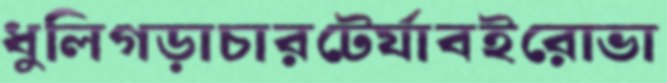
ধুলিগড়াচারটের‍্যাবইরোভা